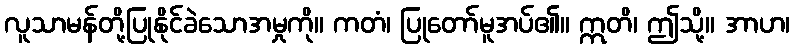
လူသာမန်တို့ပြုနိုင်ခဲသောအမှုကို။ ကတံ၊ ပြုတော်မူအပ်၏။ ဣတိ၊ ဤသို့။ အာဟ၊